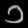
Digit: ၁